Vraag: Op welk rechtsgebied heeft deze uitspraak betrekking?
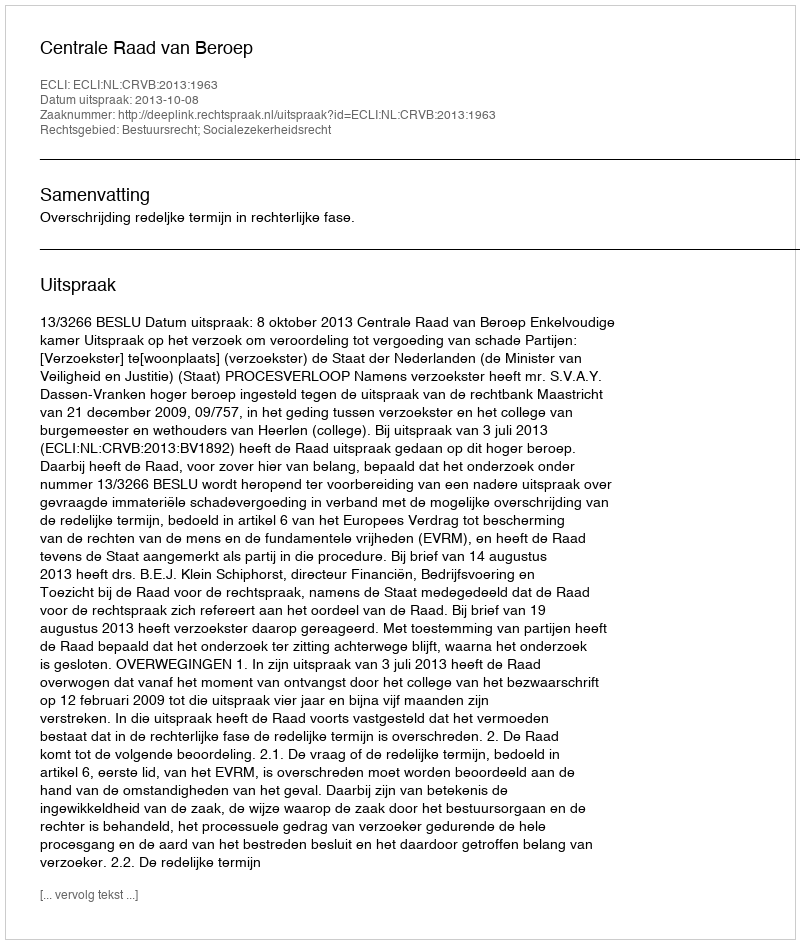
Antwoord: Bestuursrecht; Socialezekerheidsrecht